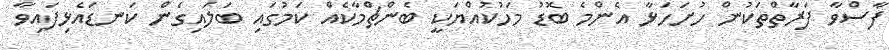
ފާސްވާ ފަރާތްތަކުން ހުށަހަޅާ އެންމެ ބޮޑު މަހުކުއްޔަކީ ބެންޗްމާކެއް ކަމުގައި ބަލައިގެން ކަނޑައެޅިފައިވާ